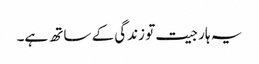
یہ ہار جیت تو زندگی کے ساتھ ہے۔